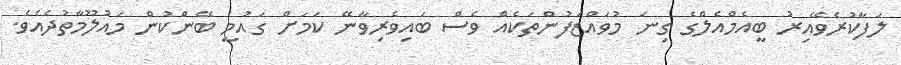
ލަފާކުރެވޭއިރު ބީއެމްއެލްގެ ގިނަ މުވައްޒަފުންތަކެއް ވެސް ބައިވެރިވާނޭ ކަމަށް ގައުމީ ބޭންކުން މައުލޫމާތުދެއެވެ.